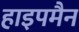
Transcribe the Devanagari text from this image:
हाइपमैन